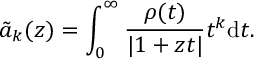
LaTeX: \tilde { a } _ { k } ( z ) = \int _ { 0 } ^ { \infty } \frac { \rho ( t ) } { | 1 + z t | } t ^ { k } \mathrm { d } t .